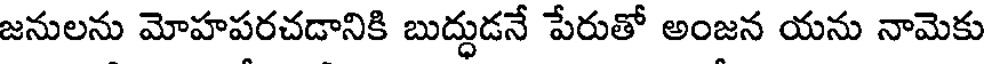
జనులను మోహపరచడానికి బుద్ధుడనే పేరుతో అంజన యను నామెకు